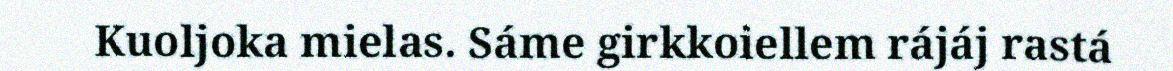
Kuoljoka mielas. Sáme girkkoiellem rájáj rastá